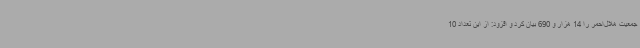
جمعیت هلال‌احمر را 14 هزار و 690 بیان کرد و افزود: از این تعداد 10